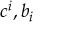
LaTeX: c ^ { i } , b _ { i }